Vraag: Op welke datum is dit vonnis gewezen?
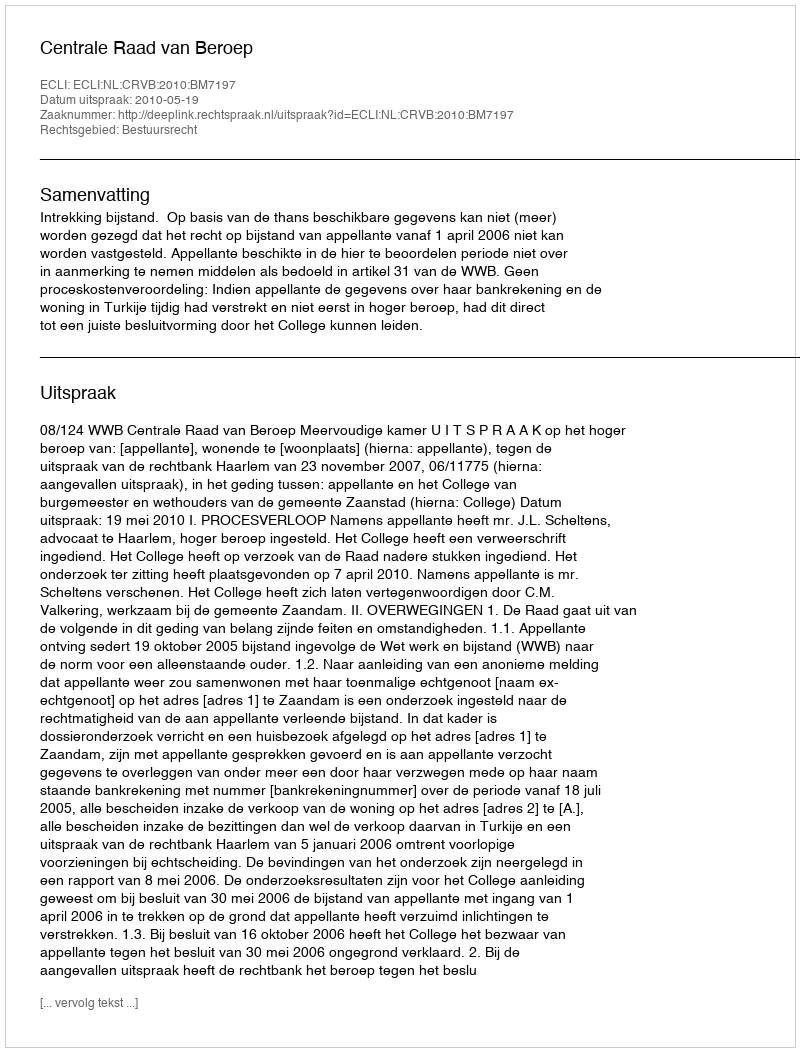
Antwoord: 2010-05-19